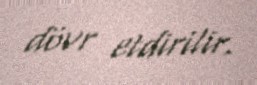
dövr etdirilir.